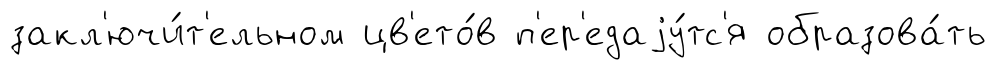
закл'ючи́т'ельном цв'ето́в п'ер'едаjу́тс'я образова́ть